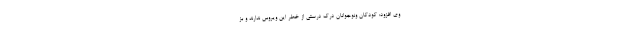
وی افزود: کودکان ونوجوانان درک درستی از خطر این ویروس ندارند و بز